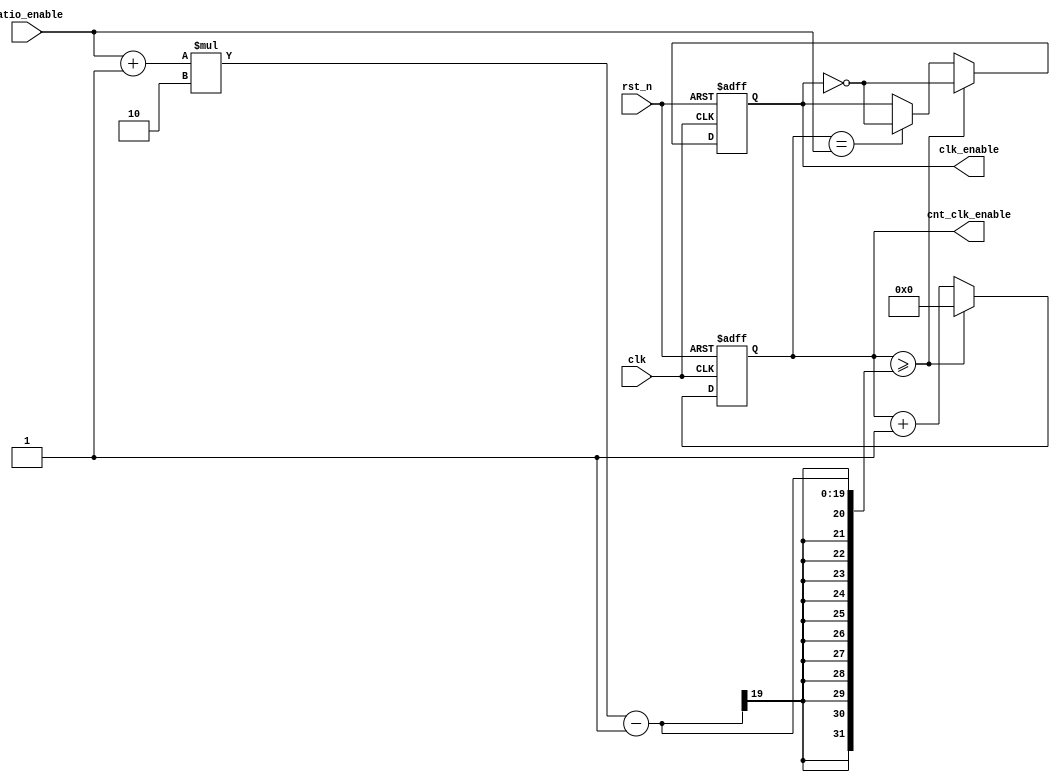
module div_clk_enable (
								clk,    
								rst_n,  
								
								ratio_enable,
								clk_enable,
								
								
								cnt_clk_enable
								
	
);
//`include "CONSTANT.vh"


parameter BITS_SIG_TDC = 16 ;
parameter BITS_UNSIG_TDC = 15;
parameter BITS_SPI =32;
parameter CNT_SPI = 5;
parameter NUM_COL = 16;
parameter CNT_COL =  4;//164 

parameter NUM_ROW = 1;

parameter BITS_DLY_SWITCH = 25;//1525
parameter CNT_DLY_CALIB = 5;//45

parameter NUM_BUFBYTES = 10;//probe

parameter BITS_COARSE = 10;
parameter BITS_COL = 5;

parameter cmd_dummy				=4'b0001;
parameter cmd_reg_set			=4'b0010;
parameter cmd_reg_get			=4'b0011;
parameter cmd_reset_dly			=4'b0100;
parameter cmd_reset_pixel		=4'b0101;
parameter cmd_reset_analog		=4'b0110;
parameter cmd_dly_calib			=4'b1000;
parameter cmd_pixel_calib		=4'b1001;
parameter cmd_main_work			=4'b1010;
parameter st_idle				=4'b0000;
parameter st_dummy				=4'b0001;
parameter st_reg_set			=4'b0010;
parameter st_reg_get			=4'b0011;
parameter st_reset_dly			=4'b0100;
parameter st_reset_pixel		=4'b0101;
parameter st_reset_analog		=4'b0110;
parameter st_dly_calib			=4'b1000;
parameter st_pixel_calib		=4'b1001;
parameter st_main_work			=4'b1010;
parameter st_err=4'b1111;


input							clk;    
input							rst_n; 

input [15:0]					ratio_enable; 
output reg						clk_enable;

output reg 	[17:0]	cnt_clk_enable;


always @(posedge clk or negedge rst_n) begin 
	if(~rst_n) begin
		 cnt_clk_enable<= 'd0;
		 clk_enable<='b0;
		 
	end 
	else begin
		
			if(cnt_clk_enable>=(ratio_enable+1'b1)*2-1'b1)begin   
			 cnt_clk_enable<='d0;
			 clk_enable<=~clk_enable;

			end
			else if(cnt_clk_enable==ratio_enable)		//flag_col//99  
														//ratio+1ratio8f143144,99.
			begin
				clk_enable<=~clk_enable;	
				cnt_clk_enable<=cnt_clk_enable+1'b1;  
			end
			
			else begin
			
			 cnt_clk_enable<=cnt_clk_enable+1'b1;
			 clk_enable<=clk_enable;
			
			
			end
	end

end
endmodule